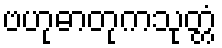
ဗဟုဓာတုကသုတ္တံ